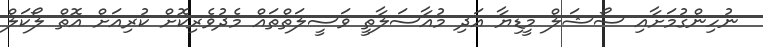
ނުހިންގުމަށާއި ސޯޝަލް މީޑިޔާ އަދި މުއާސަލާތީ ވަސީލަތްތައް މެދުވެރިކޮށް ކުރިއަށް އޮތް ލޯކަލް